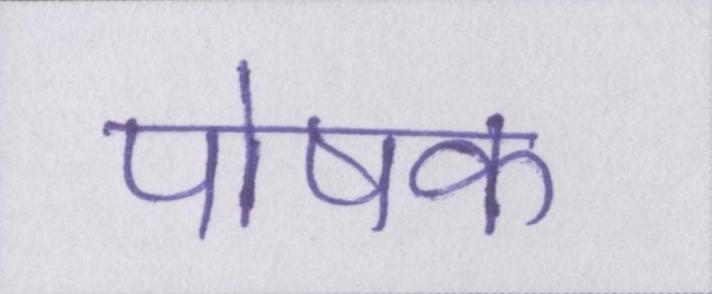
पोषक